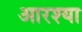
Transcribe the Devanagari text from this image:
आरश्या